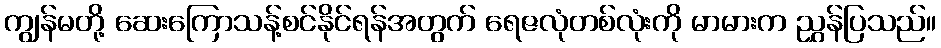
ကျွန်မတို့ ဆေးကြောသန့်စင်နိုင်ရန်အတွက် ရေဇလုံတစ်လုံးကို မာမားက ညွှန်ပြသည်။